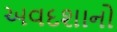
અવદશાનો